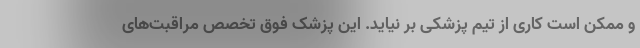
و ممکن است کاری از تیم پزشکی بر نیاید. این پزشک فوق تخصص مراقبت‌های